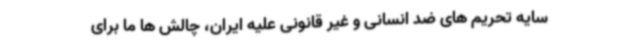
سایه تحریم های ضد انسانی و غیر قانونی علیه ایران، چالش ها ما برای